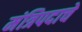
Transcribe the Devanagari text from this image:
मंत्रिपदाचे